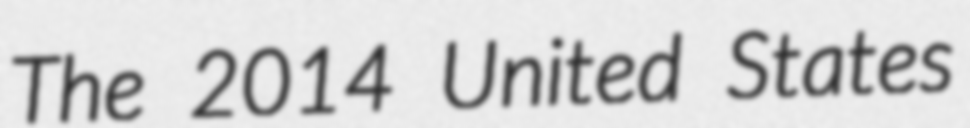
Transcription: The 2014 United States